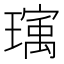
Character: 𬎒